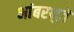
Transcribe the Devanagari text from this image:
भांबरभुतें